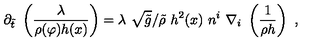
\partial _ { \tilde { t } } \ \left( \frac { \lambda } { \rho ( \varphi ) h ( x ) } \right) = \lambda \ \sqrt { \tilde { g } } / \tilde { \rho } \ h ^ { 2 } ( x ) \ n ^ { i } \ \nabla _ { i } \ \left( \frac { 1 } { \rho h } \right) \ ,